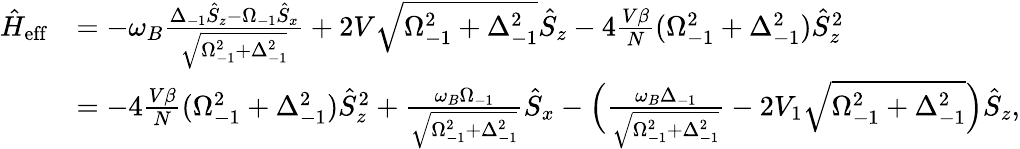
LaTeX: \begin{array}{rl}{\hat{H}_{\mathrm{eff}}}&{=-\omega_{B}\frac{\Delta_{-1}\hat{S}_{z}-\Omega_{-1}\hat{S}_{x}}{\sqrt{\Omega_{-1}^{2}+\Delta_{-1}^{2}}}+2V\sqrt{\Omega_{-1}^{2}+\Delta_{-1}^{2}}\hat{S}_{z}-4\frac{V\beta}{N}(\Omega_{-1}^{2}+\Delta_{-1}^{2})\hat{S}_{z}^{2}}\\ &{=-4\frac{V\beta}{N}(\Omega_{-1}^{2}+\Delta_{-1}^{2})\hat{S}_{z}^{2}+\frac{\omega_{B}\Omega_{-1}}{\sqrt{\Omega_{-1}^{2}+\Delta_{-1}^{2}}}\hat{S}_{x}-\Big(\frac{\omega_{B}\Delta_{-1}}{\sqrt{\Omega_{-1}^{2}+\Delta_{-1}^{2}}}-2V_{1}\sqrt{\Omega_{-1}^{2}+\Delta_{-1}^{2}}\Big)\hat{S}_{z},}\end{array}